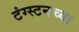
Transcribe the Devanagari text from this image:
टंग्स्टनच्या